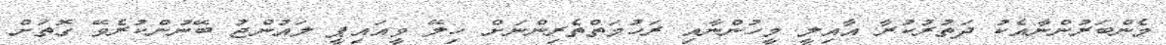
މެންބަރުންނާއެކު ދަތުރުކުރާ އާއިލީ މީހުންނާއި ރަހުމަތްތެރިންނަށް ހިލޭ ވީއައިޕީ ލައުންޖު ބޭނުންކުރެވޭ ގޮތަށް